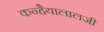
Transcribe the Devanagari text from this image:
कन्हैयालालजी